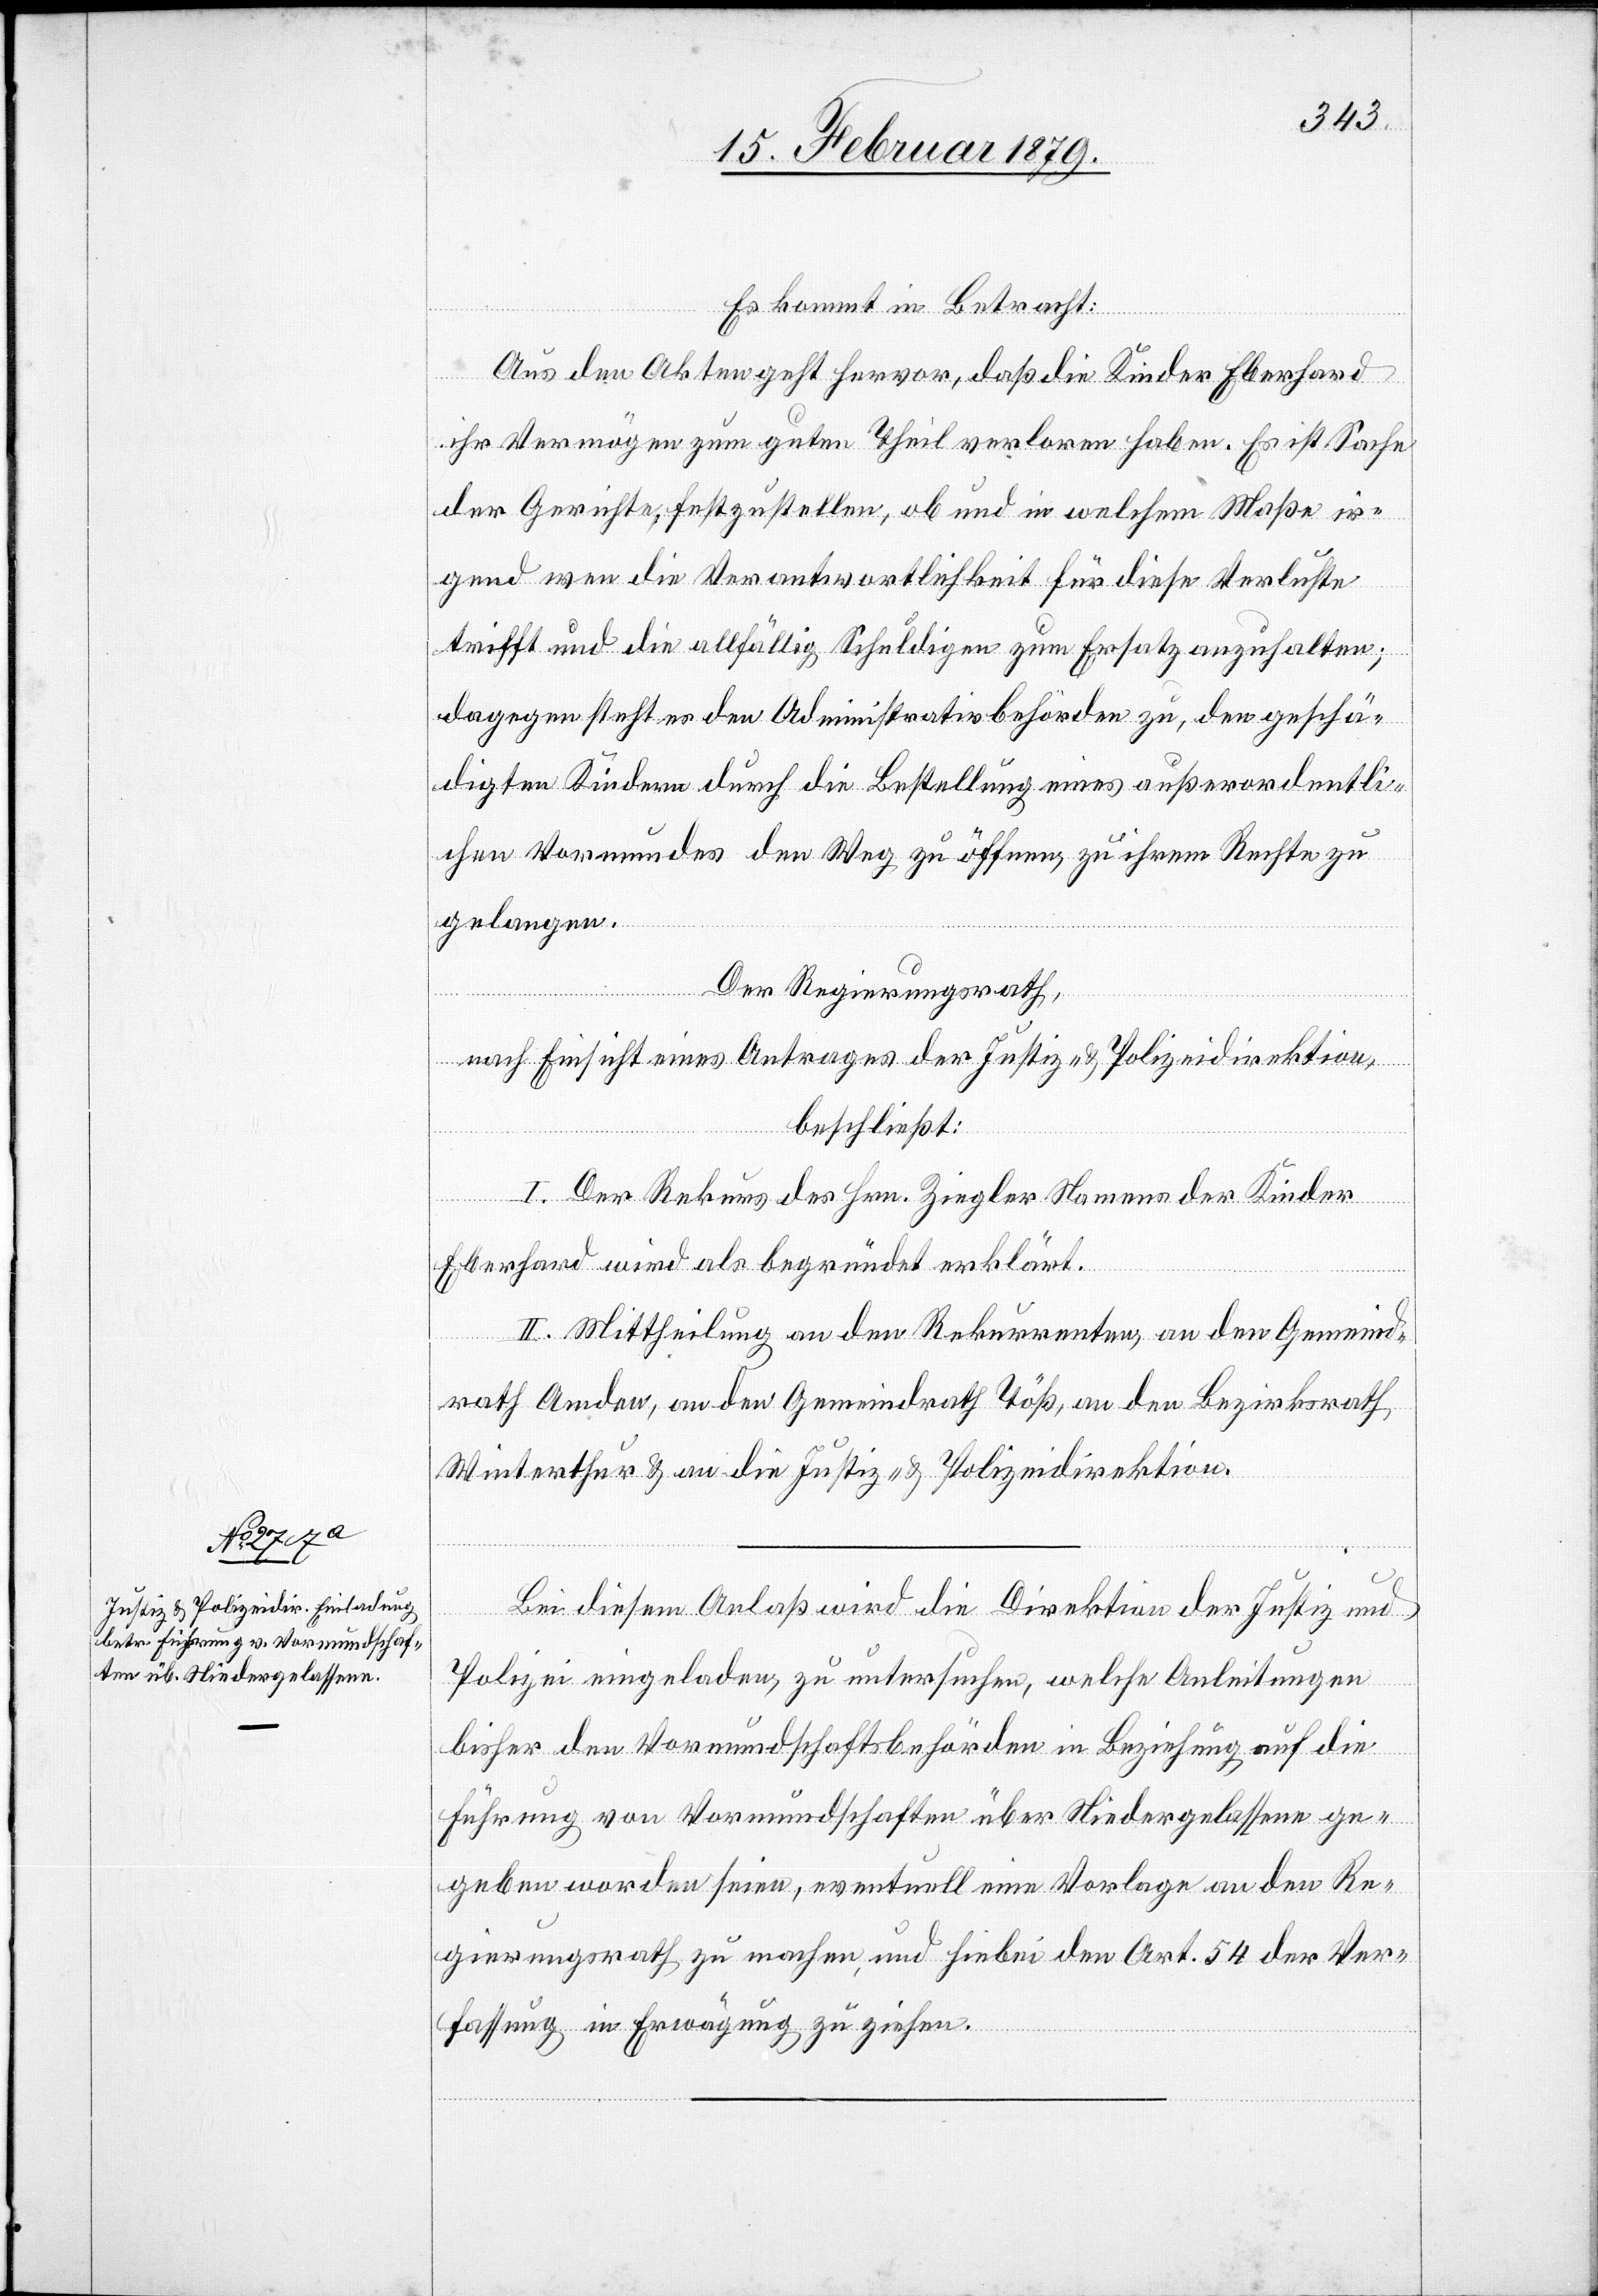
Es kommt in Betracht:
Aus den Akten geht hervor, daß die Kinder Eberhard
ihr Vermögen zum guten Theil verloren haben. Es ist Sache
der Gerichte, festzustellen, ob und in welchem Maße ir¬
gend wen die Verantwortlichkeit für diese Verluste
trifft und die allfällig Schuldigen zum Ersatz anzuhalten;
dagegen steht es den Administrativbehörden zu, den geschä¬
digten Kindern durch die Bestellung eines außerordentli¬
chen Vormundes den Weg zu öffnen, zu ihrem Recht zu
gelangen.
Der Regierungsrath,
nach Einsicht eines Antrages der Justiz- & Polizeidirektion,
beschließt:
I. Der Rekurs des Hrn. Ziegler Namens der Kinder
Eberhard wird als begründet erklärt.
II. Mittheilung an den Rekurrenten, an den Gemeind¬
rath Amden, an den Gemeindrath Töß, an den Bezirksrath
Winterthur & an die Justiz- & Polizeidirektion.
Bei diesem Anlaß wird die Direktion der Justiz und
Polizei eingeladen, zu untersuchen, welche Anleitungen
bisher den Vormundschaftsbehörden in Beziehung auf die
Führung von Vormundschaften über Niedergelassene ge¬
geben worden seien, eventuell eine Vorlage an den Re¬
gierungsrath zu machen, und hiebei den Art. 54 der Ver¬
fassung in Erwägung zu ziehen.